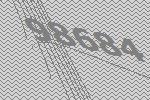
98684